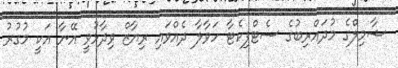
ޝާމިލްގެ މުދައްރިބުގެ ސެޓްފިކެޓާ ހަވާލާ ދެއްވައި ރިޔާޒް ވިދާޅުވީ އޭނާ އަކީ މުގުރު